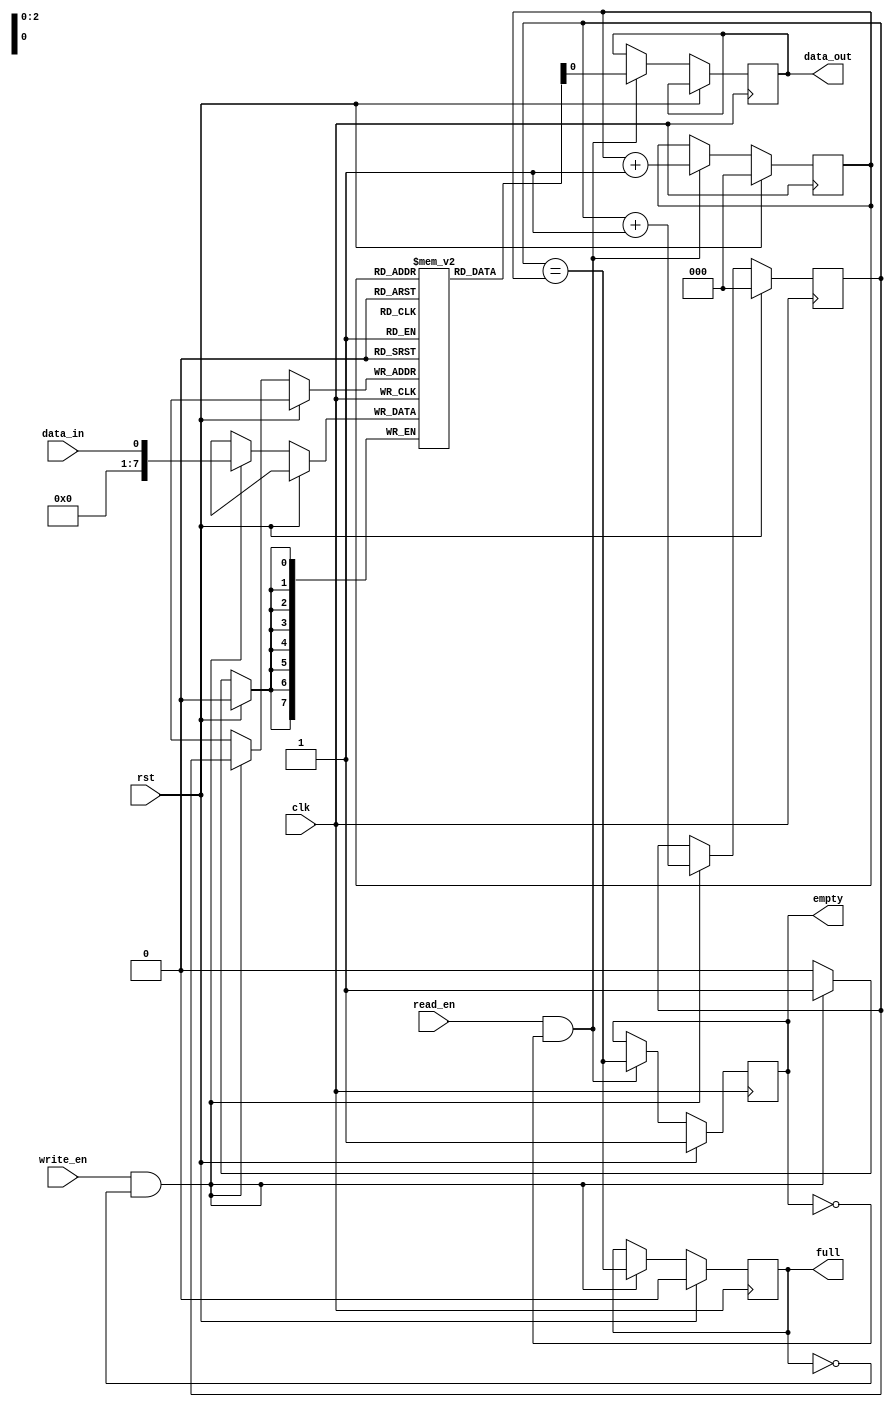
module Bidirectional_FIFO (
    input wire clk,
    input wire rst,
    input wire write_en,
    input wire read_en,
    input wire data_in,
    output reg data_out,
    output reg full,
    output reg empty
);

parameter FIFO_DEPTH = 8; // Define the depth of the FIFO

reg [7:0] fifo [0:FIFO_DEPTH-1];
reg [2:0] write_ptr, read_ptr;

// Write block
always @(posedge clk) begin
    if (rst) begin
        write_ptr <= 0;
        full <= 0;
    end else if (write_en && !full) begin
        fifo[write_ptr] <= data_in;
        write_ptr <= write_ptr + 1;
        if (write_ptr == FIFO_DEPTH) begin
            write_ptr <= 0; // Wrap around
        end
        full <= (write_ptr == read_ptr);
    end
end

// Read block
always @(posedge clk) begin
    if (rst) begin
        read_ptr <= 0;
        empty <= 1;
    end else if (read_en && !empty) begin
        data_out <= fifo[read_ptr];
        read_ptr <= read_ptr + 1;
        if (read_ptr == FIFO_DEPTH) begin
            read_ptr <= 0; // Wrap around
        end
        empty <= (write_ptr == read_ptr);
    end
end

endmodule